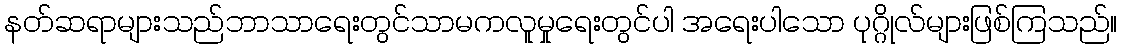
နတ်ဆရာများသည်ဘာသာရေးတွင်သာမကလူမှုရေးတွင်ပါ အရေးပါသော ပုဂ္ဂိုလ်များဖြစ်ကြသည်။